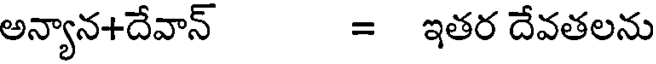
అన్యాన+దేవాన్ = ఇతర దేవతలను